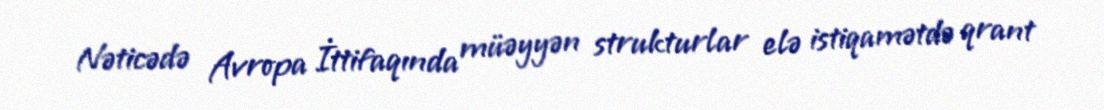
Nəticədə Avropa İttifaqında müəyyən strukturlar elə istiqamətdə qrant